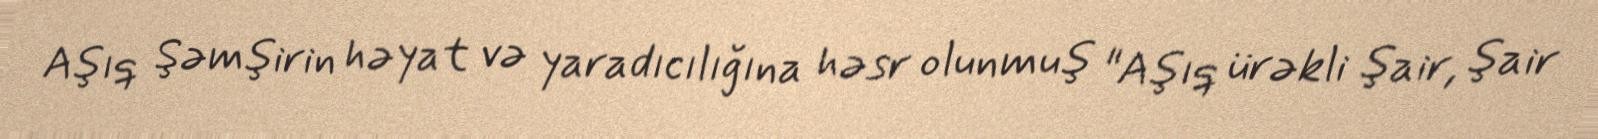
Aşıq Şəmşirin həyat və yaradıcılığına həsr olunmuş "Aşıq ürəkli şair, şair